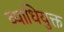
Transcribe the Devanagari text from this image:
व्याधियुक्त